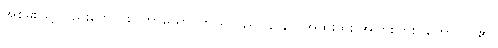
အစွမ်းဖြင့်လည်းကောင်း။ ကာယော၊ ကိုယ်သည်။ နာနာ၊ အထူးထူး အပြားပြား။ ဟောတိ၊ ၏။